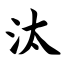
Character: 汰